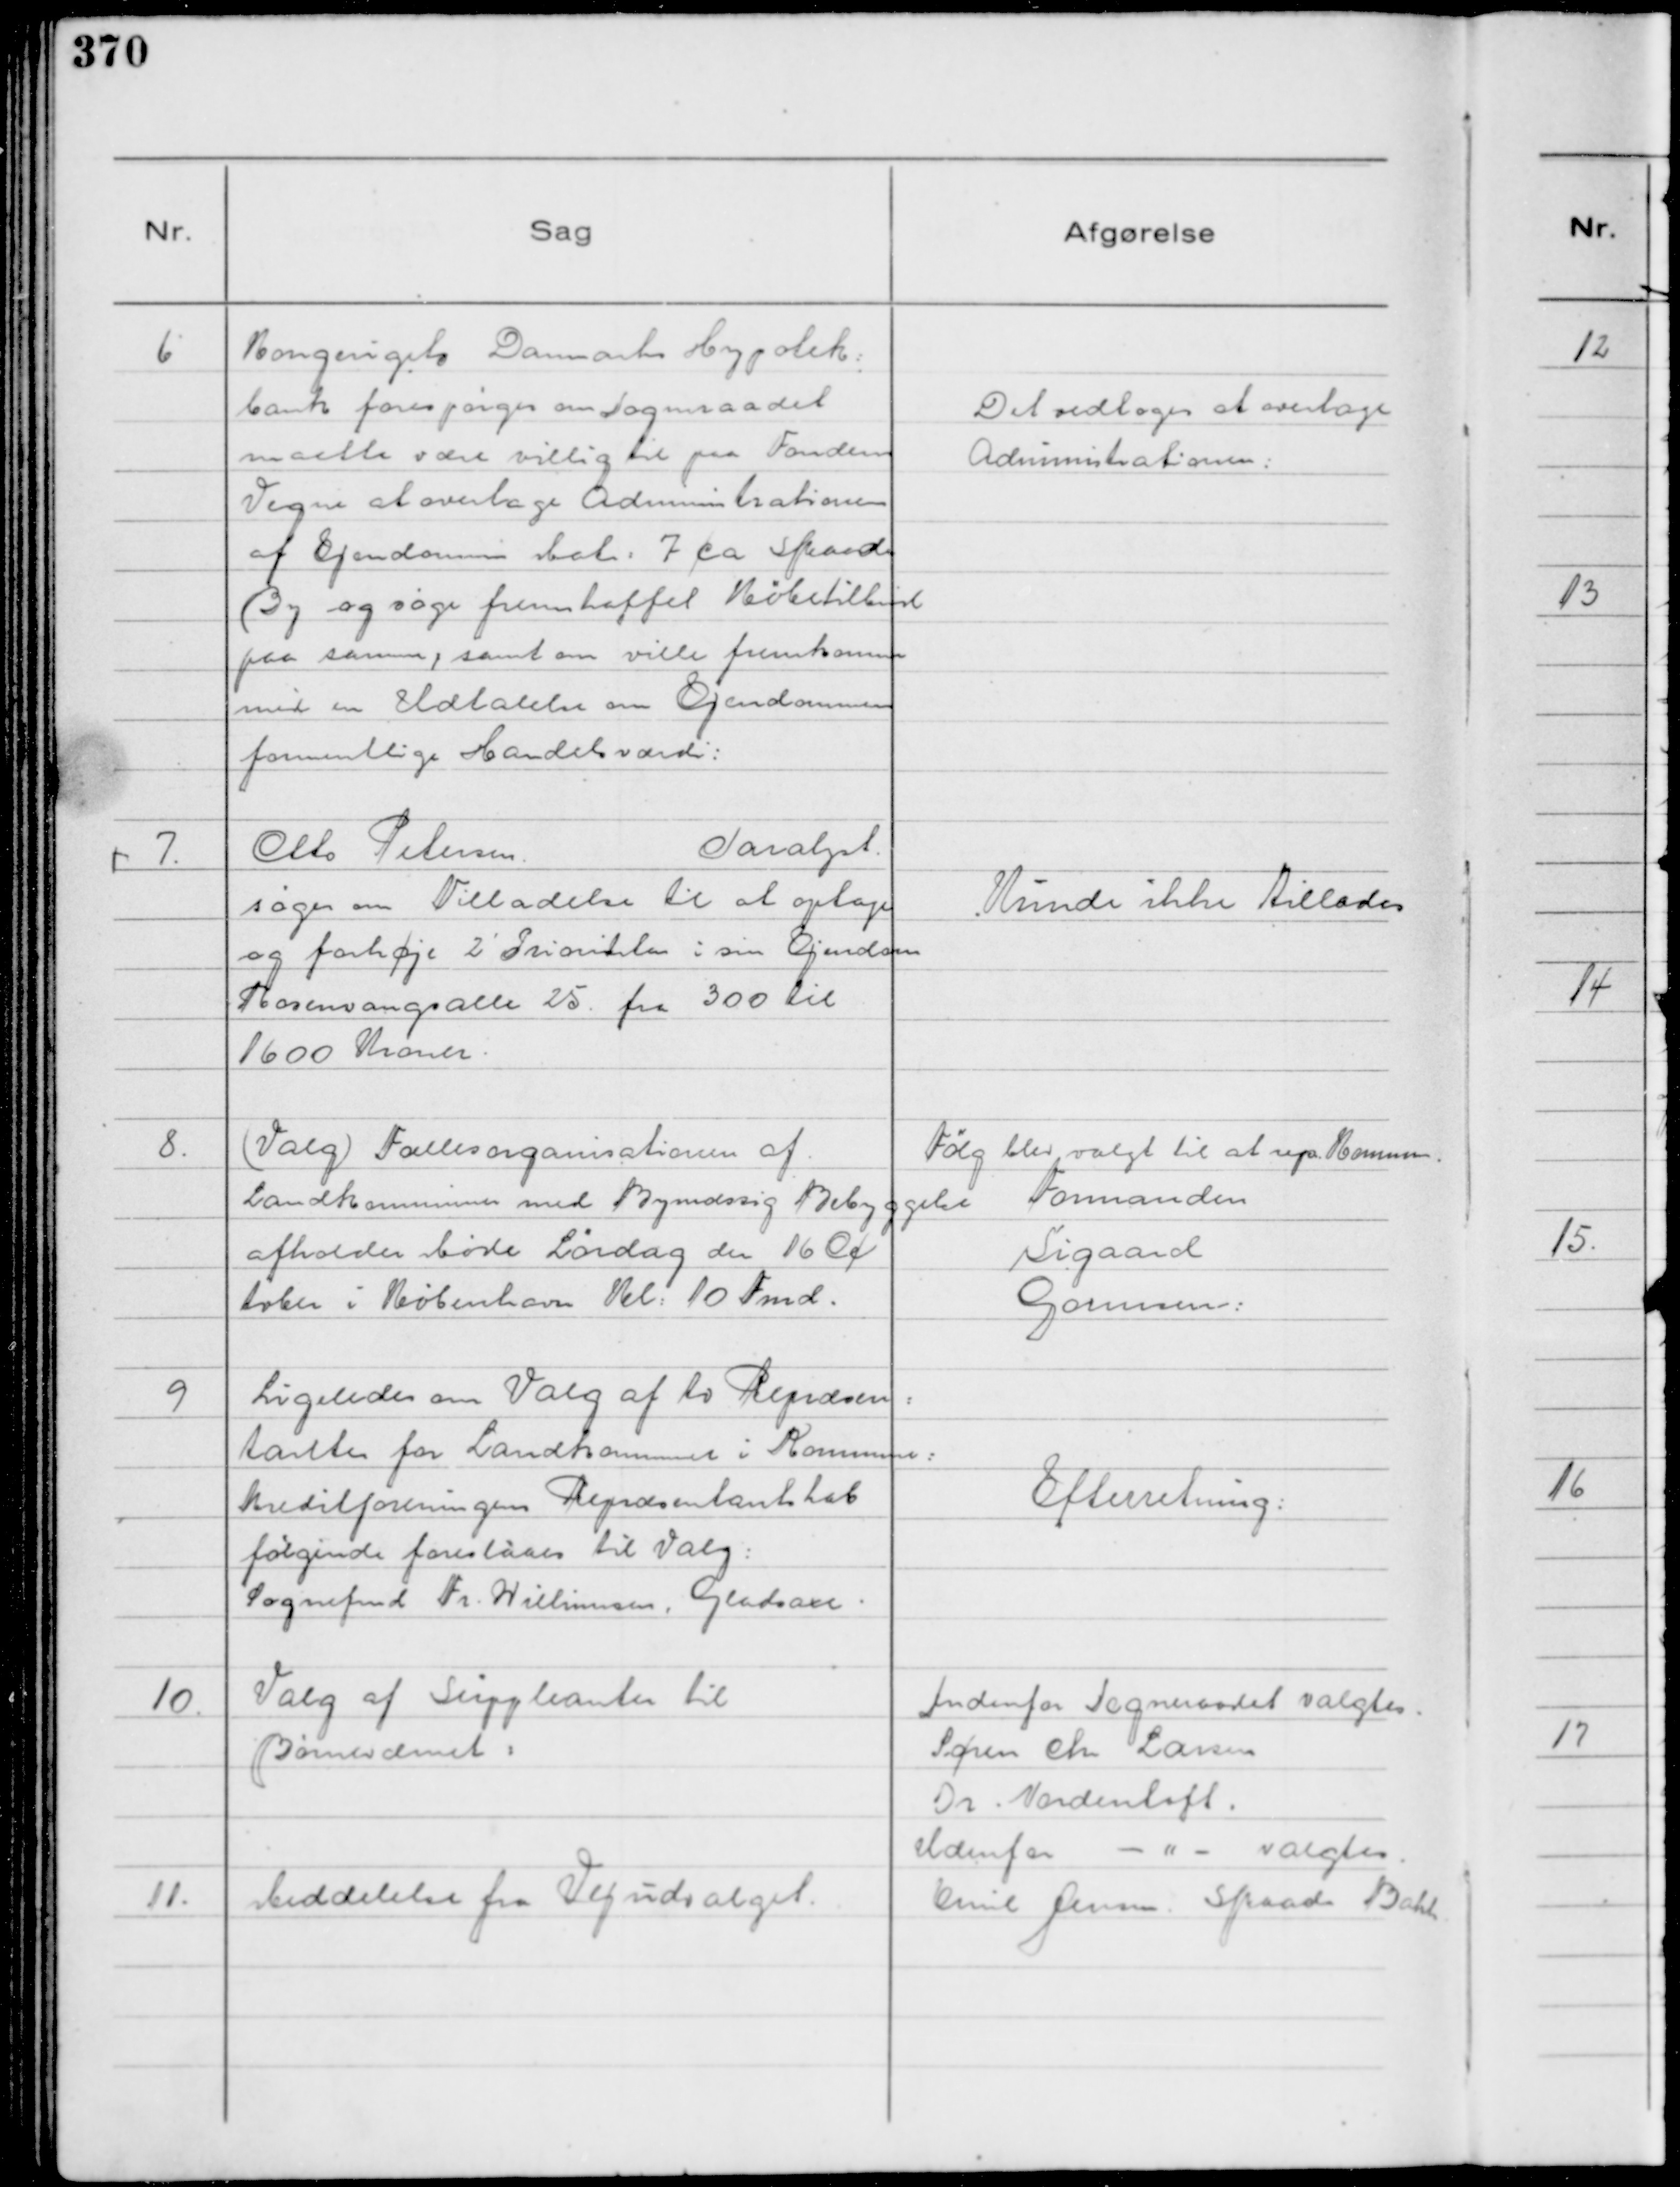
Transskription:
6
Kongeriget Danmarks Hypotek:
bank forespørger om Sogneraadet
maatte være villig til paa Fondens
Vegne at overtage Administrationen
af Ejendommen Matr: 7 ca Skaade
By og søge fremskaffet Købstilbud
paa samme, samt ville fremkomme
med en Udtalelse om Ejendommens
formentlige Handelsværdi:

Det vedtoges at overtage
Administrationen:

7.
Otto Petersen.
Sarayst.
søger om Tilladelse til at optage
og forhøje 2' Prioriteten i sin Ejendom
Rosenvangsalle 25. fra 300 til
1600 Kroner.

Kunde ikke Tillades

8.
( Valg ) Fællesorganisationen af
Landkommuner med Bymæssig Bebyggelse
afholder Møde Lørdag den 16 Oc
tober i København Kl: 10 Fmd.

Følg blev valgt til at rep. Kommun
Formanden
Sigaard
Gormsen:

9
Ligeledes om Valg af to Repræsen:
tanter for Landkommuner i Kommune:
kreditforeningens Repræsentantskab
følgende foreslaas til Valg:
Sognefmd Fr. Willumsen Gladsaxe.

Efterretning:

10.
Valg af Suppleanter til
Børnevæsenet:

11.
Medelelse fra Vejudvalget.

Indenfor Sogneraadet valgtes.
Søren Chr Larsen
Dr: Nordentoft.
Udenfor - " - valgtes
Emil Jensen Skaade Bakk.